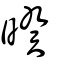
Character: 暌